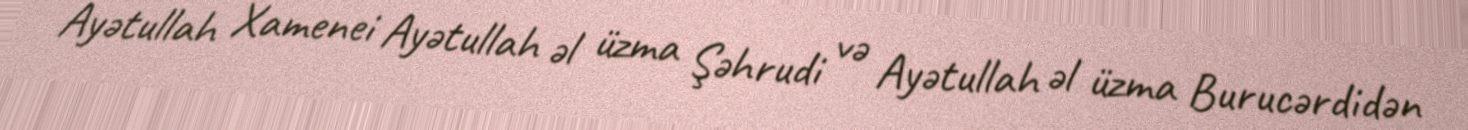
Ayətullah Xamenei Ayətullah əl üzma Şəhrudi və Ayətullah əl üzma Burucərdidən